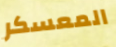
المعسكر